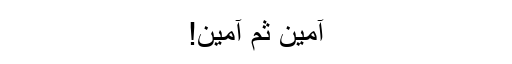
آمین ثم آمین!